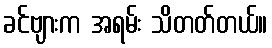
ခင်ဗျားက အရမ်း သိတတ်တယ်။